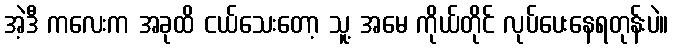
အဲ့ဒီ ကလေးက အခုထိ ငယ်သေးတော့ သူ့ အမေ ကိုယ်တိုင် လုပ်ပေးနေရတုန်းပဲ။